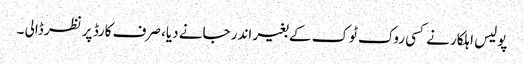
پولیس اہلکار نے کسی روک ٹوک کے بغیر اندر جانے دیا، صرف کارڈ پر نظر ڈالی ۔